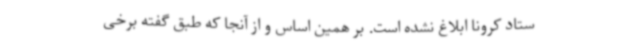
ستاد کرونا ابلاغ نشده است. بر همین اساس و از آنجا که طبق گفته برخی